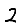
Digit: 2